Report on enteric fever
Disease focus: Fever
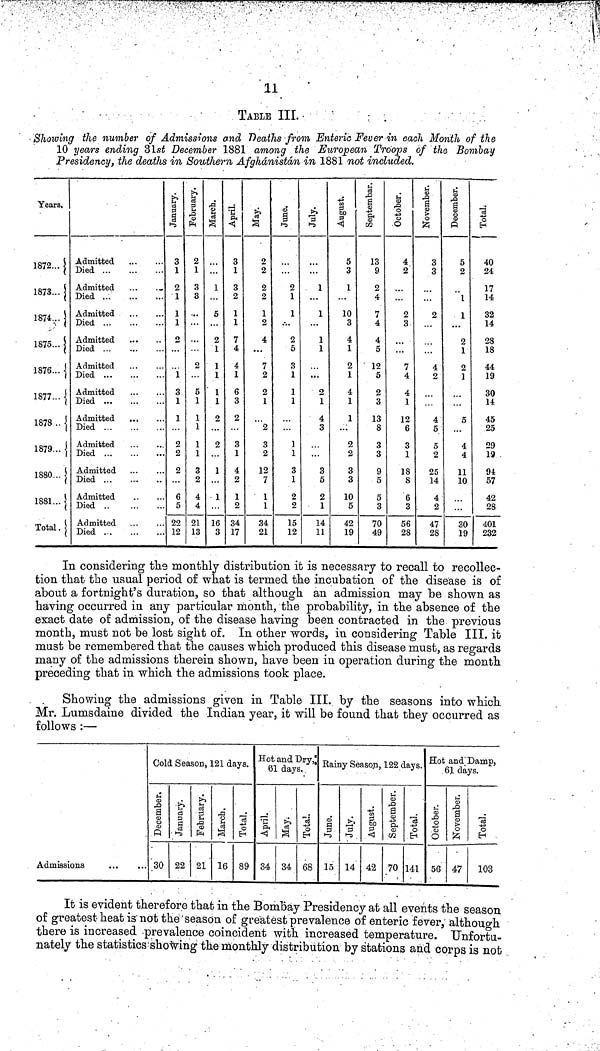
11
TABLE HL
Showing the number of Admissions and Deaths from Enteric Feuer in each Month of the
10 years ending 31 st December 1881 among the European Troops of the Bombay
Presidency, the deaths in Southern Afghanistan in 1881 not included.
Years.
1872... {
1873... {
1874... {
1875... {
1876... {
1877... {
1878 .. {
1879... {
1880... {
{
1881... {
Total . {
Admitted
Died
Admitted
Died ...
Admitted
Died
Admitted
Died
Admitted
Died
Admitted
Died
Admitted
Died
Admitted
Died
Admitted
Died
Admitted
Died
Admitted
Died
January.
3
1
2
1
1
1
2
1
3
1
1
2
2
2
6
5
22
12
February.
2
1
3
3
2
5
1
1
1
1
1
3
2
4
4
21
13
March.
1
5
2
1
1
1
1
1
2
2
1
1
16
3
April.
3
1
3
2
1
1
7
4
4
1
6
3
2
3
1
4
2
1
2
34
17
May.
2
2
2
2
1
2
4
7
2
2
1
2
3
2
12
7
1
1
34
21
June.
2
1
1
2
5
3
1
1
1
1
1
3
1
2
2
15
12
July
1
1
1
1
2
1
4
3
3
5
2
1
14
11
August.
5
3
1
10
3
4
1
2
1
4
1
1
2
2
3
3
10
5
42
19
September.
13
9
2
4
7
4
4
5
12
5
2
3
13
8
3
3
9
5
5
3
70
49
Octomber.
4
2
2
3
7
4
4
1
12
6
3
1
18
8
6
3
56
28
November.
3
3
...
2
4
2
4
5
5
2
25
14
4
2
47
28
December.
5
2
"l
1
2
1
2
1
5
4
4
11
10
30
19
Total.
40
24
17
14
32
14
28
18
44
19
30
lé
45
25
29
19 .
94
57
42
28
401
232
In considering the monthly distribution it is necessary to recall to recollec-
tion that the usual period of what is termed the incubation of the disease is of
about a fortnight's duration, so that although an admission may be shown as
having occurred in any particular month, the probability, in the absence of the
exact date of admission, of the disease having been contracted in the previous
month, must not be lost sight of. In other words, in considering Table III. it
must be remembered that the causes which produced this disease must, as regards
many of the admissions therein shown, have been in operation during the month
preceding that in which the admissions took place.
Showing the admissions given in Table III. by the seasons into which
Mr. Lumsdaine divided the Indian year, it will be found that they occurred as
follows :—
Admissions
Cold Season, 121 days.
December.
30
January.
22
February.
21
March.
16
Total
89
Hot and Dry,:
61 days.
April.
34
May.
34
Total.
68
Rainy Season, 122 days.
June
15
July.
14
Aguust.
42
September.
70
Total.
141
Hot and Damp,
61 days.
Octomber.
56
November
47
Total.
103
It is evident therefore that in the Bombay Presidency at all events the season
of greatest heat is not the season of greatest prevalence of enteric fever, although
there is increased -prevalence coincident with increased temperature. Unfortu-
nately the statistics showing the monthly distribution by stations and corps is not